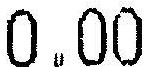
0.00